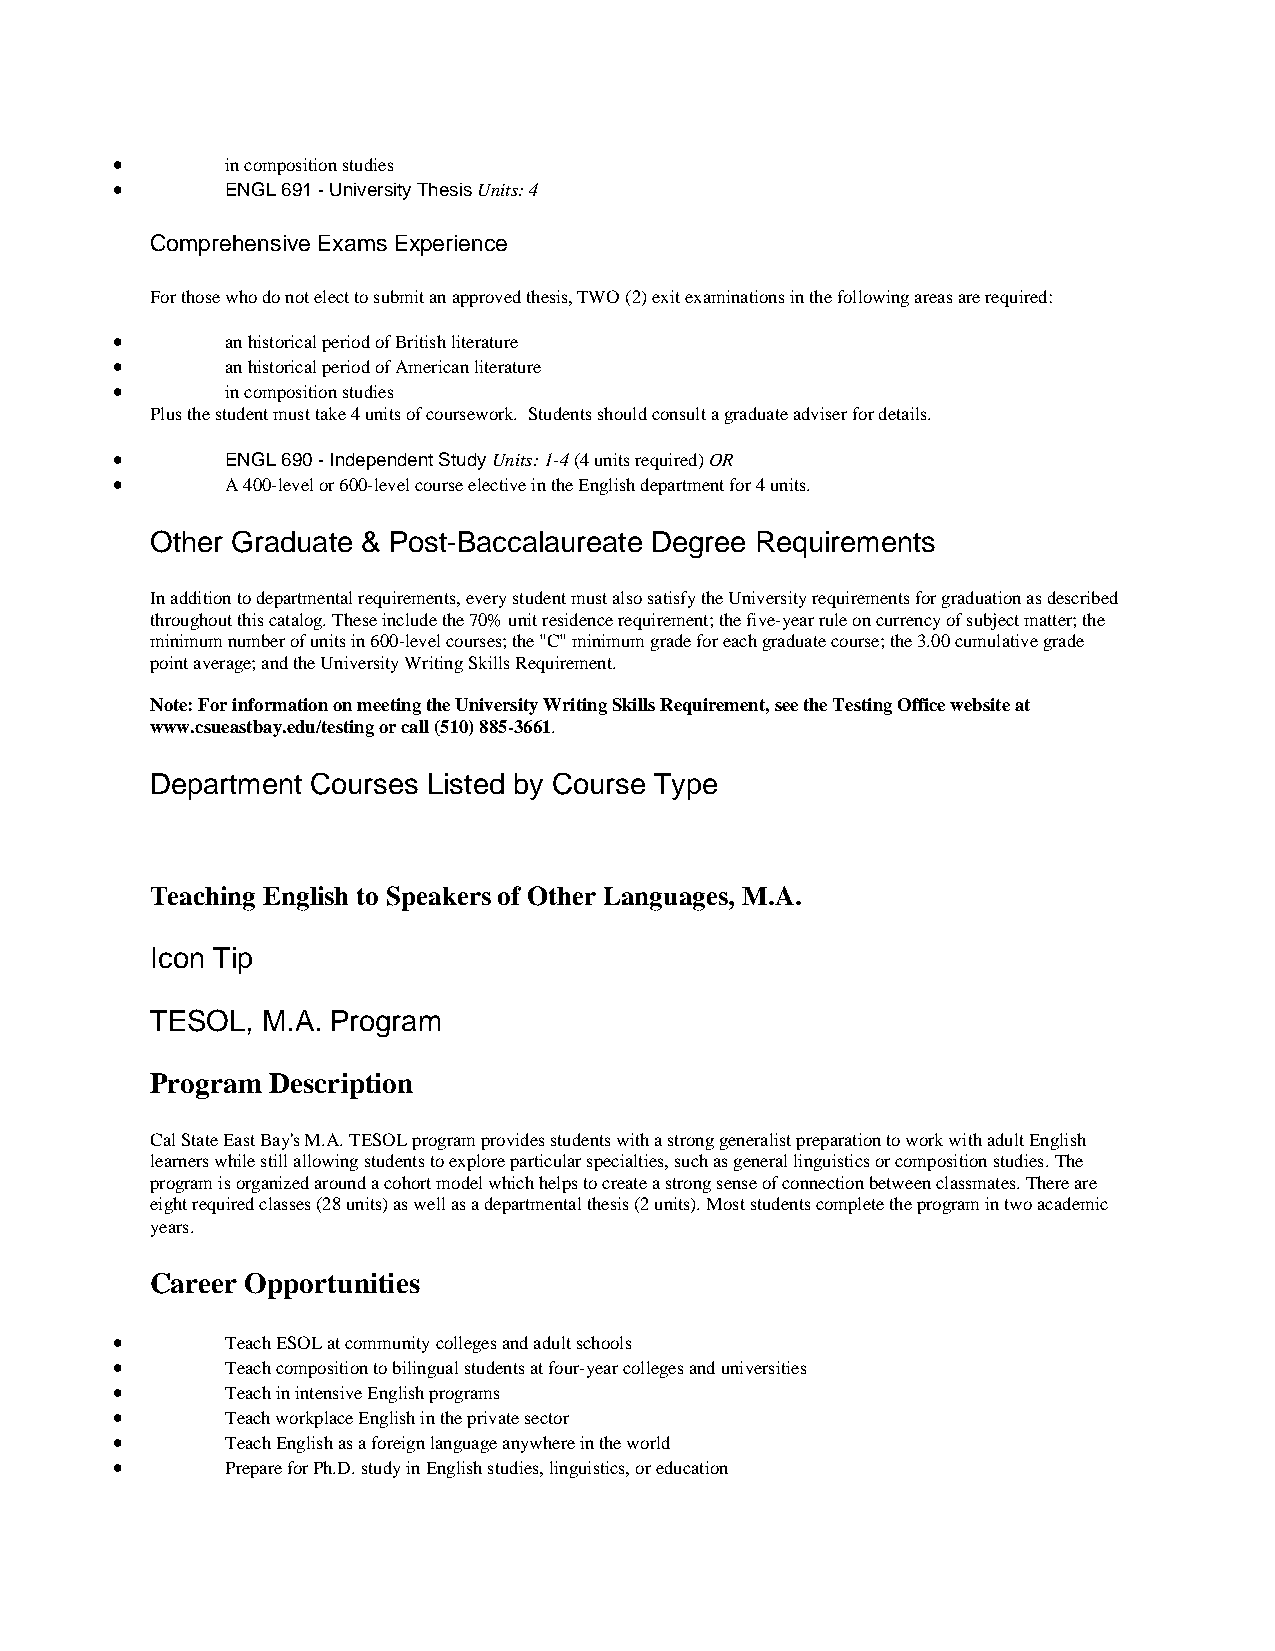
•       in composition studies
 •       ENGL 691 - University Thesis Units: 4
 Comprehensive Exams Experience
 For those who do not elect to submit an approved thesis, TWO (2) exit examinations in the following areas are required:
 •       an historical period of British literature
 •       an historical period of American literature
 •       in composition studies
 Plus the student must take 4 units of coursework. Students should consult a graduate adviser for details.
 •       ENGL 690 - Independent Study Units: 1-4 (4 units required) OR
 •       A 400-level or 600-level course elective in the English department for 4 units.
 Other Graduate & Post-Baccalaureate Degree Requirements
 In addition to departmental requirements, every student must also satisfy the University requirements for graduation as described
 throughout this catalog. These include the 70% unit residence requirement; the five-year rule on currency of subject matter; the
 minimum number of units in 600-level courses; the "C" minimum grade for each graduate course; the 3.00 cumulative grade
 point average; and the University Writing Skills Requirement.
 Note: For information on meeting the University Writing Skills Requirement, see the Testing Office website at
 www.csueastbay.edu/testing or call (510) 885-3661.
 Department Courses Listed by Course Type
 Teaching English to Speakers of Other Languages, M.A.
 Icon Tip
 TESOL, M.A. Program
 Program Description
 Cal State East Bay's M.A. TESOL program provides students with a strong generalist preparation to work with adult English
 learners while still allowing students to explore particular specialties, such as general linguistics or composition studies. The
 program is organized around a cohort model which helps to create a strong sense of connection between classmates. There are
 eight required classes (28 units) as well as a departmental thesis (2 units). Most students complete the program in two academic
 years.
 Career Opportunities
 •       Teach ESOL at community colleges and adult schools
 •       Teach composition to bilingual students at four-year colleges and universities
 •       Teach in intensive English programs
 •       Teach workplace English in the private sector
 •       Teach English as a foreign language anywhere in the world
 •       Prepare for Ph.D. study in English studies, linguistics, or education